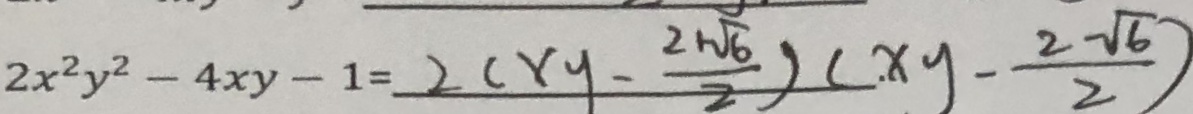
2 x y ^ { 2 } - 4 x y - 1 = 2 ( x y - \frac { 2 \sqrt { 6 } } { 2 } ) . ( x y - \frac { 2 \sqrt { 6 } } { 2 } )